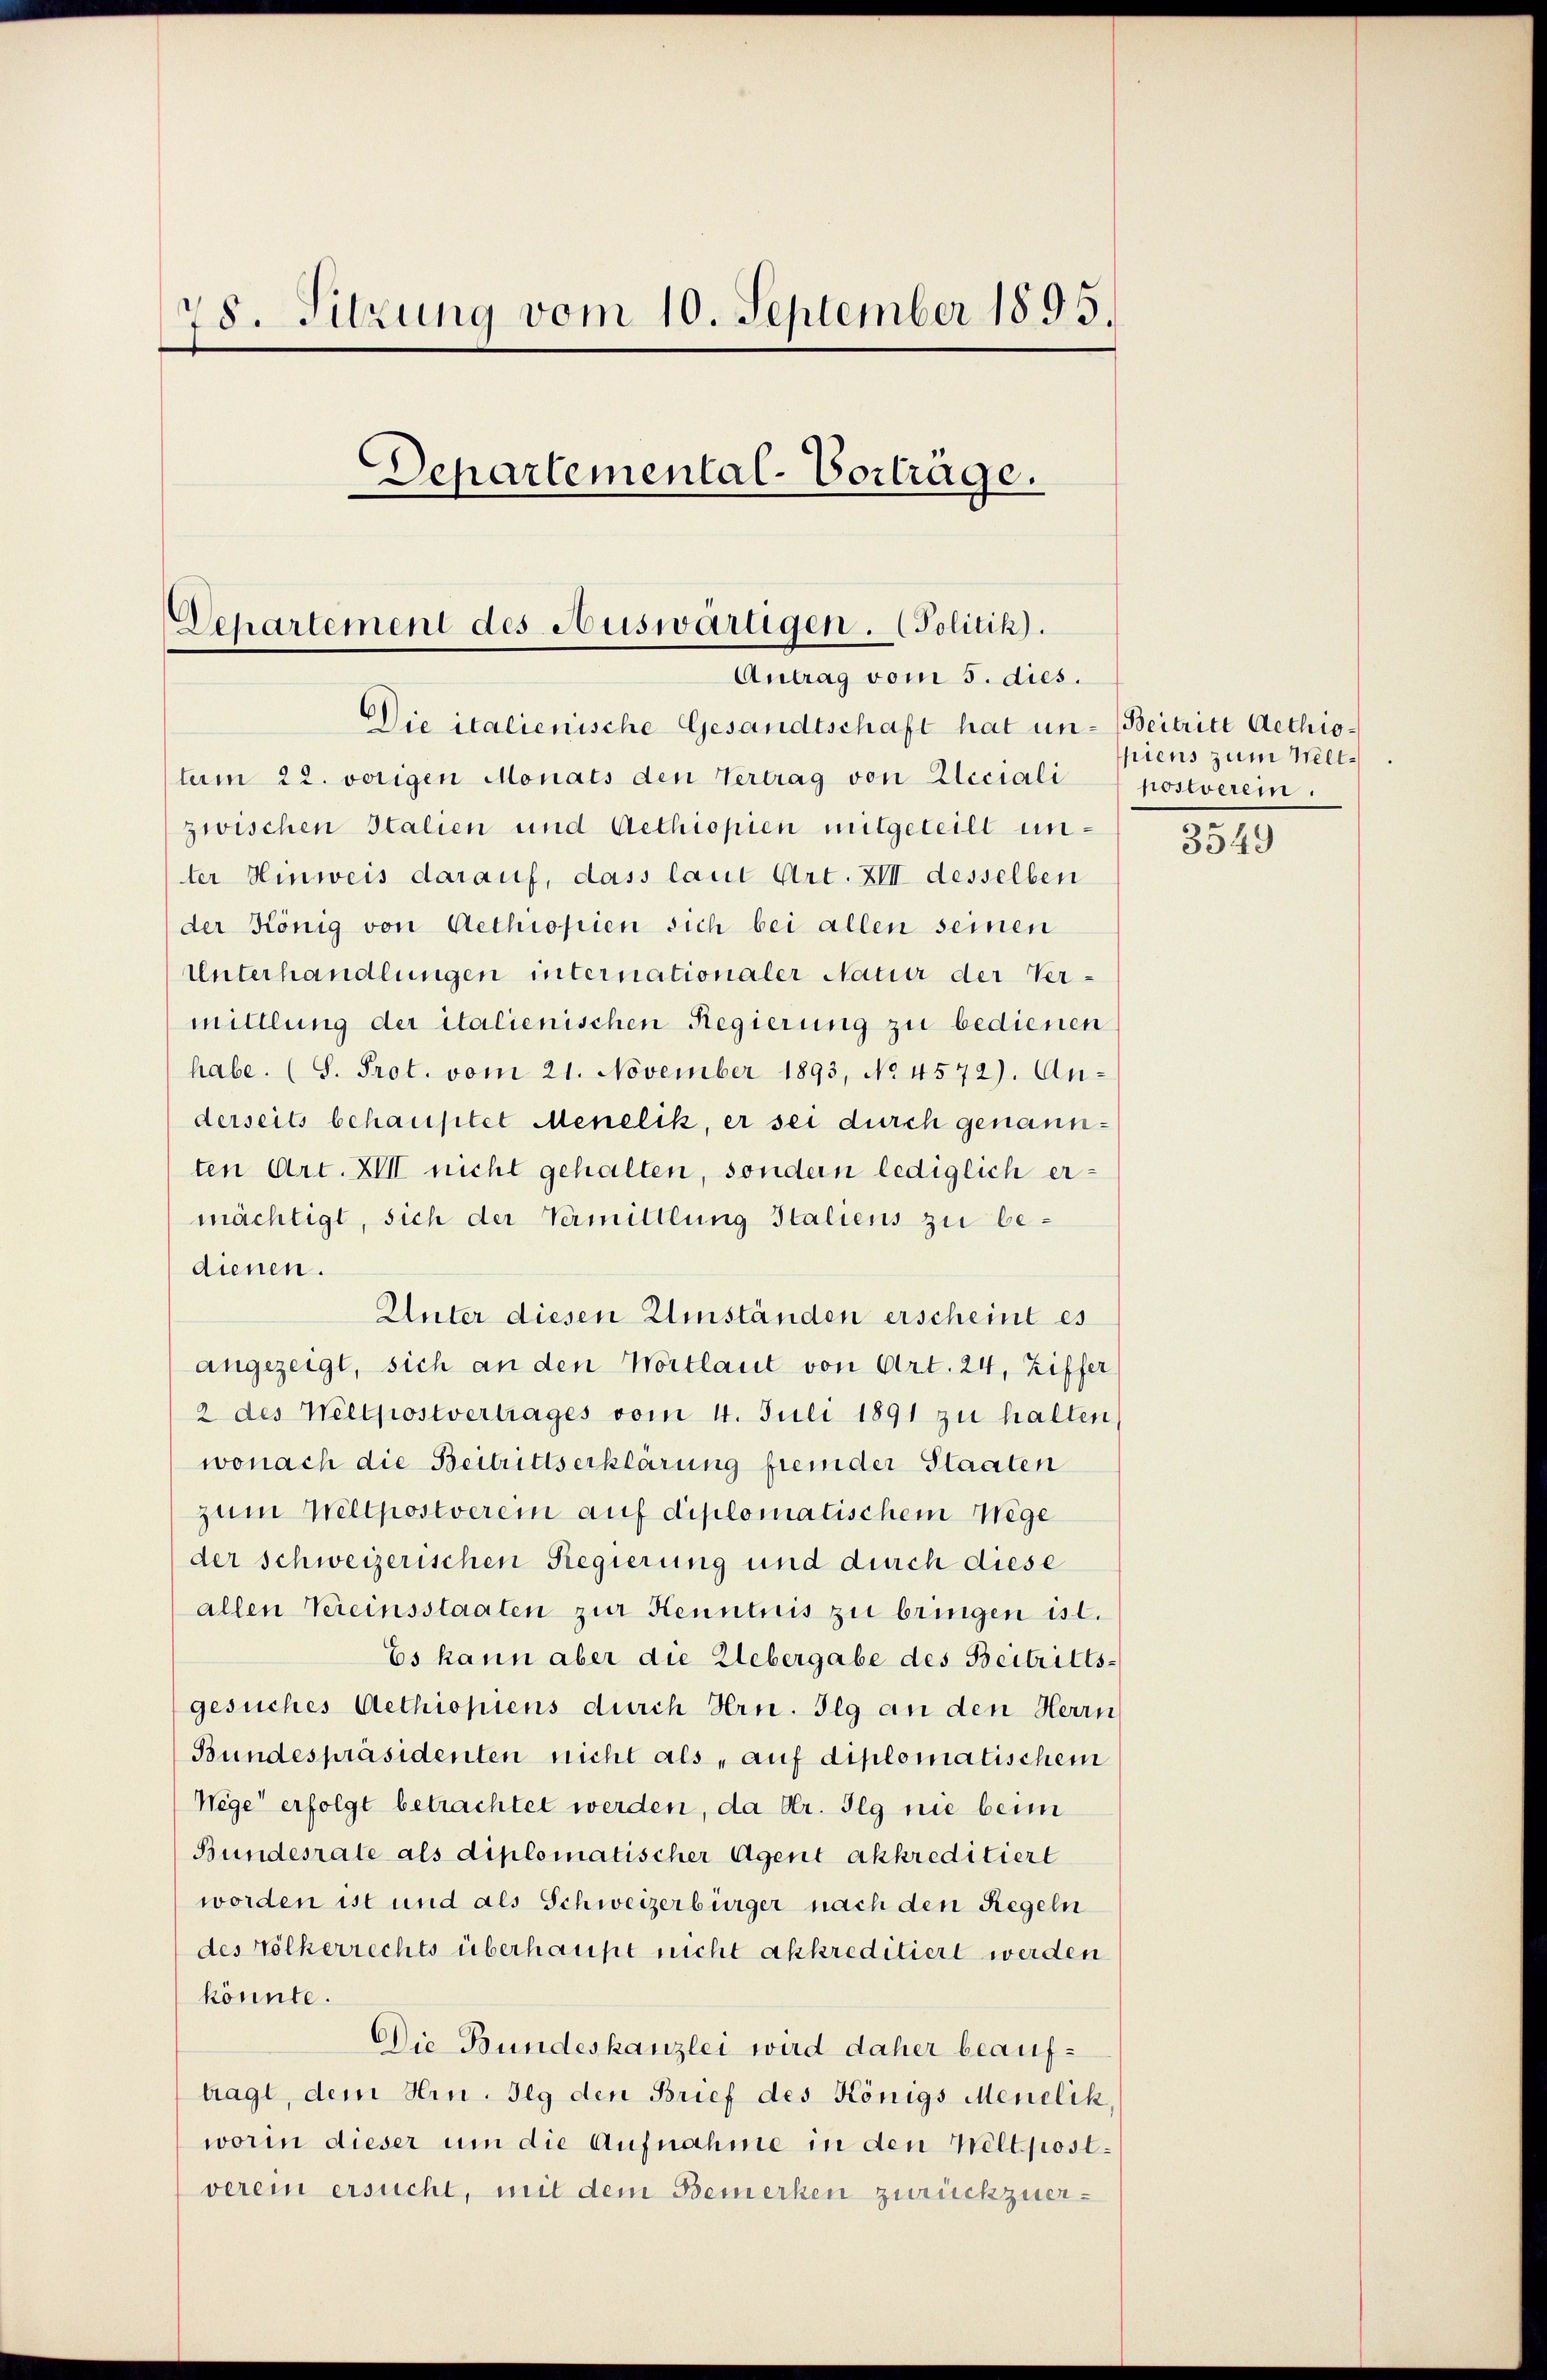
28. Sitzung vom 10. September 1895.
Departemental-Vortrage.

Departement des Auswärtigen. (Politik).
Antrag vom 5. dies.

Die italienische Gesandtschaft hat un- Beitritt Aethiotum 22. vorigen Monats den Vertrag von Eleciali
zwischen Italien und Aethiopien mitgeteilt unter Hinweis darauf, dass laut Art. XIII desselben
der König von Aethropien sich bei allen seinen
Unterhandlungen internationaler Natur der Vermittlung der italienischen Regierung zu bedienen
habe. (S. Prot. vom 21. November 1893, No 4572). Anderseits behauptet Menelik, er sei durch genannten Art. XIII nicht gehalten, sondern lediglich ermächtigt, sich der Vermittlung Italiens zu bedienen.
Unter diesen Umständen erscheint es
angezeigt, sich an den Wortlaut von Art. 24, Ziffer
2 des Wellpostvertrages vom 4. Juli 1891 zu halten
wonach die Beitrittserklärung fremder Staaten
zum Wellpostverein auf diplomatischem Wege
der schweizerischen Regierung und durch diese
allen Vereinsstaaten zur Kenntnis zu bringen ist.
Es kann aber die Uebergabe des Beitritts-
gesuches Aethiopiens durch Hrn. Ilg an den Herrn
Bundespräsidenten nicht als „auf diplomatischem
Wege erfolgt betrachtet werden, da Hr. Ilg nie beim
Bundesrate als diplomatischer Agent akkreditiert
worden ist und als Schweizerbürger nach den Regeln
des Völkerrechts überhaupt nicht akkreditiert werden
könnte.
Die Bundeskanzlei wird daher beauftragt, dem Hrn. Jeg den Brief des Königs Menelik
worin dieser um die Aufnahme in den Weltpostverein ersucht, mit dem Bemerken zurückzuer¬

piens zum Nellpostverem.

3549